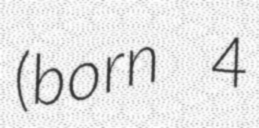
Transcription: (born 4